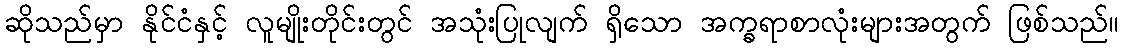
ဆိုသည်မှာ နိုင်ငံနှင့် လူမျိုးတိုင်းတွင် အသုံးပြုလျက် ရှိသော အက္ခရာစာလုံးများအတွက် ဖြစ်သည်။